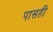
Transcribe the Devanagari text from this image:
पासही